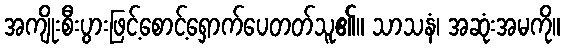
အကျိုးစီးပွားဖြင့်စောင့်ရှောက်ပေတတ်သူ၏။ သာသနံ၊ အဆုံးအမကို။